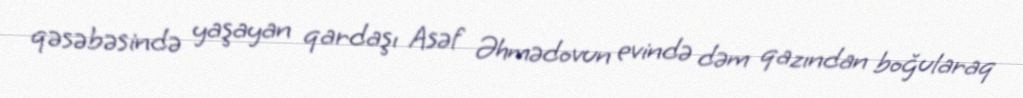
qəsəbəsində yaşayan qardaşı Asəf Əhmədovun evində dəm qazından boğularaq